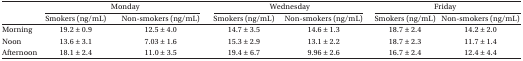
<table><thead><tr><td></td><td colspan="2"><b>Monday</b></td><td colspan="2"><b>Wednesday</b></td><td colspan="2"><b>Friday</b></td></tr><tr><td></td><td><b>Smokers (ng/mL)</b></td><td><b>Non-smokers (ng/mL)</b></td><td><b>Smokers (ng/mL)</b></td><td><b>Non-smokers (ng/mL)</b></td><td><b>Smokers (ng/mL)</b></td><td><b>Non-smokers (ng/mL)</b></td></tr></thead><tbody><tr><td>Morning</td><td>19.2 ± 0.9</td><td>12.5 ± 4.0</td><td>14.7 ± 3.5</td><td>14.6 ± 1.3</td><td>18.7 ± 2.4</td><td>14.2 ± 2.0</td></tr><tr><td>Noon</td><td>13.6 ± 3.1</td><td>7.03 ± 1.6</td><td>15.3 ± 2.9</td><td>13.1 ± 2.2</td><td>18.7 ± 2.3</td><td>11.7 ± 1.4</td></tr><tr><td>Afternoon</td><td>18.1 ± 2.4</td><td>11.0 ± 3.5</td><td>19.4 ± 6.7</td><td>9.96 ± 2.6</td><td>16.7 ± 2.4</td><td>12.4 ± 4.4</td></tr></tbody></table>